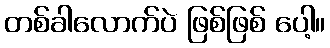
တစ်ခါလောက်ပဲ ဖြစ်ဖြစ် ပေါ့။